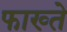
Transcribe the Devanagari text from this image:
फाख्ते